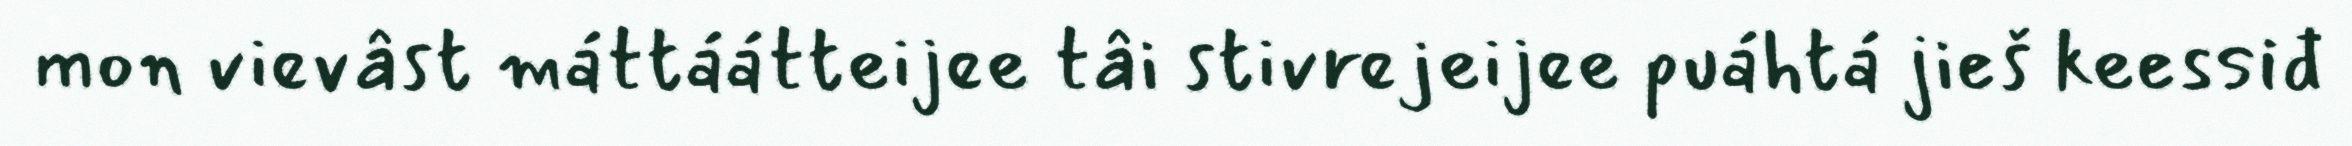
mon vievâst máttáátteijee tâi stivrejeijee puáhtá jieš keessiđ